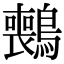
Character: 𫛑